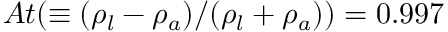
A t ( \equiv ( \rho _ { l } - \rho _ { a } ) / ( \rho _ { l } + \rho _ { a } ) ) = 0 . 9 9 7